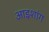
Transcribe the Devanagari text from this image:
आइशांग